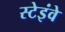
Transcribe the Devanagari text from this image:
स्टेइंवे